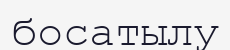
босатылу